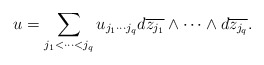
\begin{align*} u=\sum\limits_{j_1<\cdots<j_q}u_{j_1\cdots j_q}d\overline{z_{j_1}}\wedge\cdots\wedge d\overline{z_{j_q}}.\end{align*}